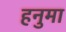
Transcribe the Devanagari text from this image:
हनुमा